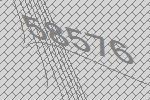
58576